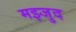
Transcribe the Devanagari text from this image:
मझ्जुद